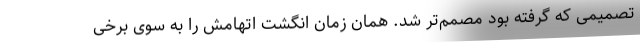
تصمیمی که گرفته بود مصمم‌تر شد. همان زمان انگشت اتهامش را به سوی برخی